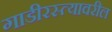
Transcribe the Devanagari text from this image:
गाडीरस्त्यावरील